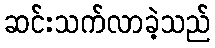
ဆင်းသက်လာခဲ့သည်